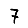
Digit: 7